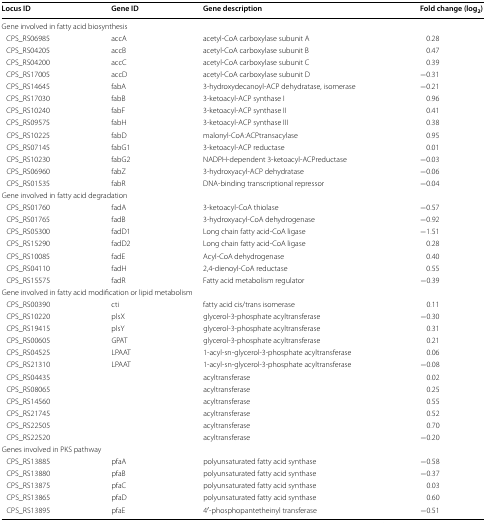
<table><thead><tr><td><b>Locus ID</b></td><td><b>Gene ID</b></td><td><b>Gene description</b></td><td><b>Fold change (log<sub>2</sub>)</b></td></tr></thead><tbody><tr><td colspan="4">Gene involved in fatty acid biosynthesis</td></tr><tr><td> CPS_RS06985</td><td>accA</td><td>acetyl-CoA carboxylase subunit A</td><td>0.28</td></tr><tr><td> CPS_RS04205</td><td>accB</td><td>acetyl-CoA carboxylase subunit B</td><td>0.47</td></tr><tr><td> CPS_RS04200</td><td>accC</td><td>acetyl-CoA carboxylase subunit C</td><td>0.39</td></tr><tr><td> CPS_RS17005</td><td>accD</td><td>acetyl-CoA carboxylase subunit D</td><td>−0.31</td></tr><tr><td> CPS_RS14645</td><td>fabA</td><td>3-hydroxydecanoyl-ACP dehydratase, isomerase</td><td>−0.21</td></tr><tr><td> CPS_RS17030</td><td>fabB</td><td>3-ketoacyl-ACP synthase I</td><td>0.96</td></tr><tr><td> CPS_RS10240</td><td>fabF</td><td>3-ketoacyl-ACP synthase II</td><td>0.41</td></tr><tr><td> CPS_RS09575</td><td>fabH</td><td>3-ketoacyl-ACP synthase III</td><td>0.38</td></tr><tr><td> CPS_RS10225</td><td>fabD</td><td>malonyl-CoA:ACPtransacylase</td><td>0.95</td></tr><tr><td> CPS_RS07145</td><td>fabG1</td><td>3-ketoacyl-ACP reductase</td><td>0.01</td></tr><tr><td> CPS_RS10230</td><td>fabG2</td><td>NADPH-dependent 3-ketoacyl-ACPreductase</td><td>−0.03</td></tr><tr><td> CPS_RS06960</td><td>fabZ</td><td>3-hydroxyacyl-ACP dehydratase</td><td>−0.06</td></tr><tr><td> CPS_RS01535</td><td>fabR</td><td>DNA-binding transcriptional repressor</td><td>−0.04</td></tr><tr><td colspan="4">Gene involved in fatty acid degradation</td></tr><tr><td> CPS_RS01760</td><td>fadA</td><td>3-ketoacyl-CoA thiolase</td><td>−0.57</td></tr><tr><td> CPS_RS01765</td><td>fadB</td><td>3-hydroxyacyl-CoA dehydrogenase</td><td>−0.92</td></tr><tr><td> CPS_RS05300</td><td>fadD1</td><td>Long chain fatty acid-CoA ligase</td><td>−1.51</td></tr><tr><td> CPS_RS15290</td><td>fadD2</td><td>Long chain fatty acid-CoA ligase</td><td>0.28</td></tr><tr><td> CPS_RS10085</td><td>fadE</td><td>Acyl-CoA dehydrogenase</td><td>0.40</td></tr><tr><td> CPS_RS04110</td><td>fadH</td><td>2,4-dienoyl-CoA reductase</td><td>0.55</td></tr><tr><td> CPS_RS15575</td><td>fadR</td><td>Fatty acid metabolism regulator</td><td>−0.39</td></tr><tr><td colspan="4">Gene involved in fatty acid modification or lipid metabolism</td></tr><tr><td> CPS_RS00390</td><td>cti</td><td>fatty acid cis/trans isomerase</td><td>0.11</td></tr><tr><td> CPS_RS10220</td><td>plsX</td><td>glycerol-3-phosphate acyltransferase</td><td>−0.30</td></tr><tr><td> CPS_RS19415</td><td>plsY</td><td>glycerol-3-phosphate acyltransferase</td><td>0.31</td></tr><tr><td> CPS_RS00605</td><td>GPAT</td><td>glycerol-3-phosphate acyltransferase</td><td>0.21</td></tr><tr><td> CPS_RS04525</td><td>LPAAT</td><td>1-acyl-sn-glycerol-3-phosphate acyltransferase</td><td>0.06</td></tr><tr><td> CPS_RS21310</td><td>LPAAT</td><td>1-acyl-sn-glycerol-3-phosphate acyltransferase</td><td>−0.08</td></tr><tr><td> CPS_RS04435</td><td></td><td>acyltransferase</td><td>0.02</td></tr><tr><td> CPS_RS08065</td><td></td><td>acyltransferase</td><td>0.25</td></tr><tr><td> CPS_RS14560</td><td></td><td>acyltransferase</td><td>0.55</td></tr><tr><td> CPS_RS21745</td><td></td><td>acyltransferase</td><td>0.52</td></tr><tr><td> CPS_RS22505</td><td></td><td>acyltransferase</td><td>0.70</td></tr><tr><td> CPS_RS22520</td><td></td><td>acyltransferase</td><td>−0.20</td></tr><tr><td colspan="4">Genes involved in PKS pathway</td></tr><tr><td> CPS_RS13885</td><td>pfaA</td><td>polyunsaturated fatty acid synthase</td><td>−0.58</td></tr><tr><td> CPS_RS13880</td><td>pfaB</td><td>polyunsaturated fatty acid synthase</td><td>−0.37</td></tr><tr><td> CPS_RS13875</td><td>pfaC</td><td>polyunsaturated fatty acid synthase</td><td>0.03</td></tr><tr><td> CPS_RS13865</td><td>pfaD</td><td>polyunsaturated fatty acid synthase</td><td>0.60</td></tr><tr><td> CPS_RS13895</td><td>pfaE</td><td>4′-phosphopantetheinyl transferase</td><td>−0.51</td></tr></tbody></table>